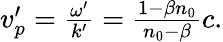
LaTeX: \begin{array}{r}{v_{p}^{\prime}=\frac{\omega^{\prime}}{k^{\prime}}=\frac{1-\beta n_{0}}{n_{0}-\beta}c.}\end{array}